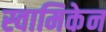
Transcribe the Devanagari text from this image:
स्वामिकेन